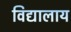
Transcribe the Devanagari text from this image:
विद्यालाय